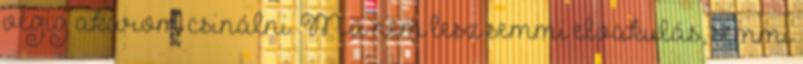
végig akarom csinálni. Ma nem lesz semmi elvakulás, semmi